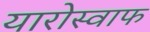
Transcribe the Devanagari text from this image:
यारोस्वाफ